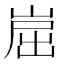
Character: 崫